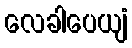
လေခါပေယျံ